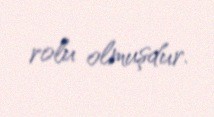
rolu olmuşdur.